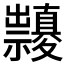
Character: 𥜱